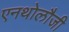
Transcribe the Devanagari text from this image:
एनथोलौजी